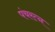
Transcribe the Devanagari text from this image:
पंचरत्‍न